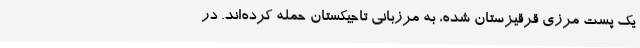
یک پُست مرزی قرقیزستان شده، به مرزبانی تاجیکستان حمله کرده‌اند. در